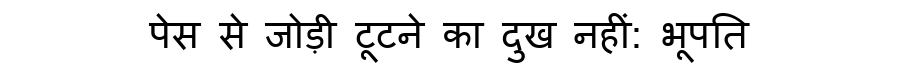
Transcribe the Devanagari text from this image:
पेस से जोड़ी टूटने का दुख नहीं: भूपति